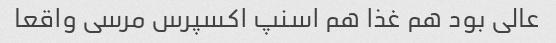
عالی بود هم غذا هم اسنپ اکسپرس مرسی واقعا